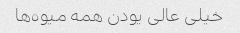
خیلی عالی یودن همه میوه‌ها